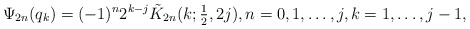
\begin{align*}\Psi_{2n} ( q_{k}) = (-1)^n 2^{k-j} \tilde K_{2n}(k;\textstyle{\frac12},2j), n = 0,1, \ldots ,j,k = 1, \ldots ,j - 1,\end{align*}